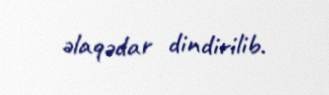
əlaqədar dindirilib.